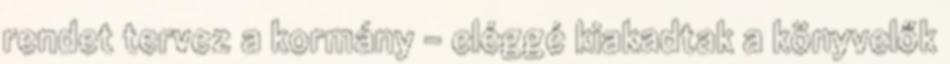
rendet tervez a kormány - eléggé kiakadtak a könyvelők